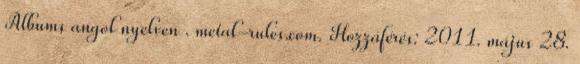
Albums angol nyelven . metal-rules.com. Hozzáférés: 2011. május 28.